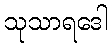
သုသာရဒေါ